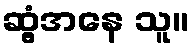
ဆွံ့အနေ သူ။